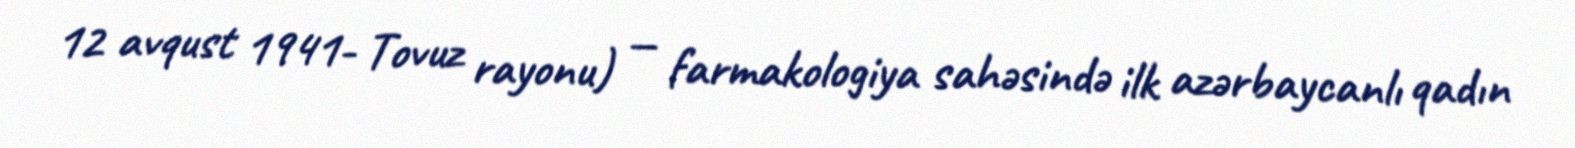
12 avqust 1941- Tovuz rayonu) — farmakologiya sahəsində ilk azərbaycanlı qadın